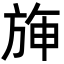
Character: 𣃵